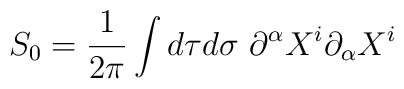
S_{0 }= {1\over 2\pi} \int d\tau d\sigma   ~\partial^\alpha X^i \partial_\alpha X^i